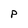
Character: p